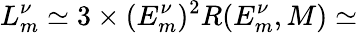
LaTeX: L_{m}^{\nu}\simeq 3\times(E_{m}^{\nu})^{2}R(E_{m}^{\nu},M)\simeq